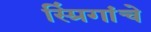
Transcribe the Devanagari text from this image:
स्प्रिंगांचे